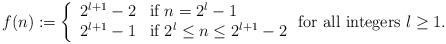
LaTeX: \begin{align*}f(n) := \left\{ \begin{array}{ll}2^{l+1} - 2 & \mbox{if } n = 2^l - 1 \\2^{l+1} - 1 & \mbox{if } 2^l \le n \le 2^{l+1} - 2\end{array}\right. \mbox{for all integers $ l \ge 1 $}.\end{align*}